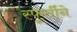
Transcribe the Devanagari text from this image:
स्फूर्तीने